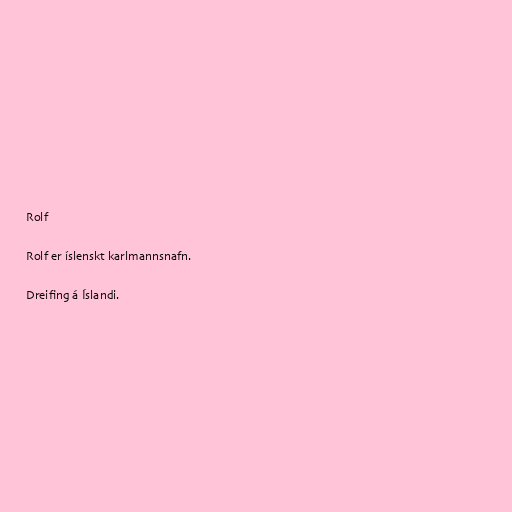
Rolf

Rolf er íslenskt karlmannsnafn.

Dreifing á Íslandi.